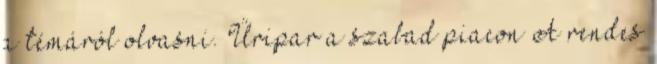
a témáról olvasni. Űripar a szabad piacon A rendes